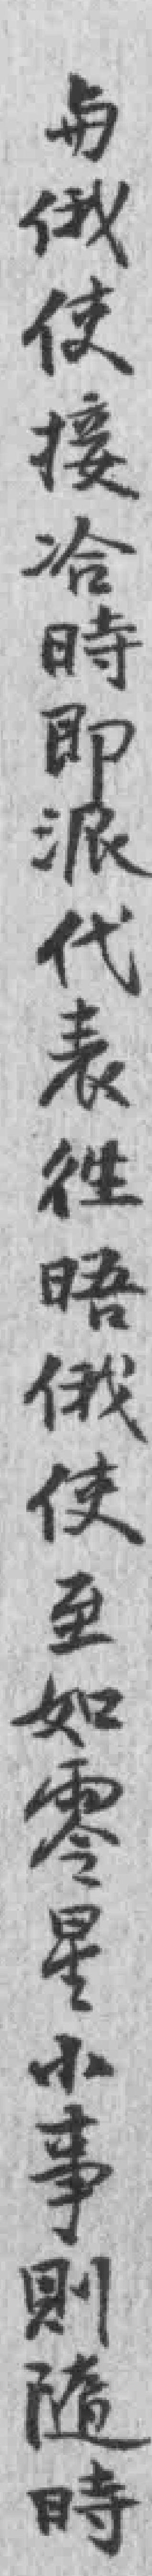
与俄使接冾時即派代表徃晤俄使至如零星小事則隨時